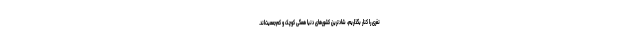
نفری را کنار بگذاریم، شادترین کشورهای دنیا همگی کوچک و کم‌جمعیت‌اند.